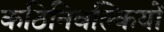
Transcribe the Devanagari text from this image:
कठिनिवल्कियों